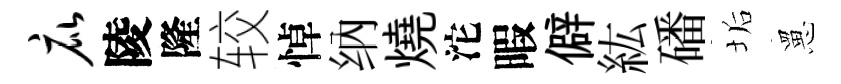
庇陵隆较悼纳燒沱暇僻紘磻垢罳